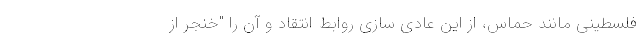
فلسطینی مانند حماس، از این عادی سازی روابط انتقاد و آن را "خنجر از